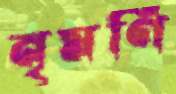
নৃমণি